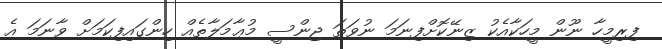
ފިރިމީހާ ނޫން މީހަކާއެކު ޒިނޭކޮށްފިނަމަ ނުވަތަ ޖިންސީ މުޢާމަލާތެއް ހިންގައިފިކަމަށް ވާނަމަ އެ